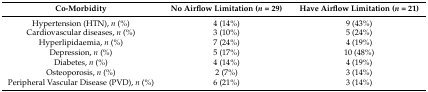
<table><thead><tr><td><b>Co-Morbidity</b></td><td><b>No Airflow Limitation (<i>n</i> = 29)</b></td><td><b>Have Airflow Limitation (<i>n</i> = 21)</b></td></tr></thead><tbody><tr><td>Hypertension (HTN), <i>n</i> (%)</td><td>4 (14%)</td><td>9 (43%)</td></tr><tr><td>Cardiovascular diseases, <i>n</i> (%)</td><td>3 (10%)</td><td>5 (24%)</td></tr><tr><td>Hyperlipidaemia, <i>n</i> (%)</td><td>7 (24%)</td><td>4 (19%)</td></tr><tr><td>Depression, <i>n</i> (%)</td><td>5 (17%)</td><td>10 (48%)</td></tr><tr><td>Diabetes, <i>n</i> (%)</td><td>4 (14%)</td><td>4 (19%)</td></tr><tr><td>Osteoporosis, <i>n</i> (%)</td><td>2 (7%)</td><td>3 (14%)</td></tr><tr><td>Peripheral Vascular Disease (PVD), <i>n</i> (%)</td><td>6 (21%)</td><td>3 (14%)</td></tr></tbody></table>